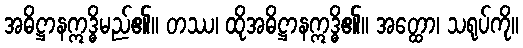
အဓိဋ္ဌာနဣဒ္ဓိမည်၏။ တဿ၊ ထိုအဓိဋ္ဌာနဣဒ္ဓိ၏။ အတ္ထော၊ သရုပ်ကို။